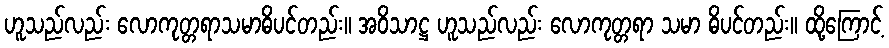
ဟူသည်လည်း လောကုတ္တရာသမာဓိပင်တည်း။ အဝိသာဋ္ဌ ဟူသည်လည်း လောကုတ္တရာ သမာ ဓိပင်တည်း။ ထို့ကြောင့်